Medical and sanitary report on the native army of Bombay for the year
Year: 1879
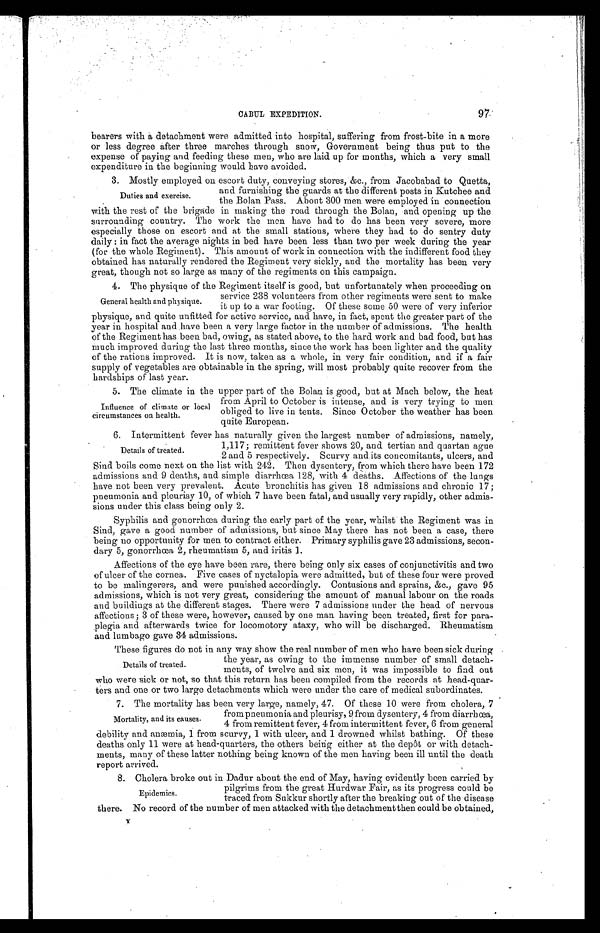
97
CABUL EXPEDITION.
bearers with a detachment were admitted into hospital, suffering from frost-bite in a more
or less degree after three marches through snow, Government being thus put to the
expense of paying and feeding these men, who are laid up for months, which a very small
expenditure in the beginning would have avoided.
3. Mostly employed on escort duty, conveying stores, &c., from Jacobabad to
Quetta, and furnishing the guards at the different posts in Kutchee and
the Bolan Pass. About 300 men were employed in connection
with the rest of the brigade in making the road through the Bolan, and opening up the
surrounding country. The work the men have had to do has been very severe, more
especially those on escort and at the small stations, where they had to do sentry duty
daily: in fact the average nights in bed have been less than two per week during the year
(for the whole Regiment). This amount of work in connection with the indifferent food they
obtained has naturally rendered the Regiment very sickly, and the mortality has been very
great, though not so large as many of the regiments on this campaign.
4. The physique of the Regiment itself is good, but unfortunately when proceeding on
service 238 volunteers from other regiments were sent to make
it up to a war footing. Of these some 50 were of very inferior
physique, and quite unfitted for active service, and have, in fact, spent the greater part of the
year in hospital and have been a very large factor in the number of admissions. The health
of the Regiment has been bad, owing, as stated above, to the hard work and bad food, but has
m u c h i m p r o v e d d u r i n g t h e l a s t t h r e e m o n t h s , s i n c e t h e w o r k h a s b e e n l i g h t e r a n d t h e q u a l i t y
of the rations improved. It is now, taken as a whole, in very fair condition, and if a fair
supply of vegetables are obtainable in the spring, will most probably quite recover from the
hardships of last year.
5. The climate in the upper part of the Bolan is good, but at Mach below, the heat
from April to October is intense, and is very trying to men
obliged to live in tents. Since October the weather has been
quite European.
Duties and exercise.
General health and physique.
Influence of climate or local
circumstances on health.
6. Intermittent fever has naturally given the largest number of admissions, namely,
1,117; remittent fever shows 20, and tertian and quartan ague
2 and 5 respectively. Scurvy and its concomitants, ulcers, and
Sind boils come next on the list with 242. Then dysentery, from which there have been 172
admissions and 9 deaths, and simple diarrhœa 128, with 4 deaths. Affections of the lungs
have not been very prevalent. Acute bronchitis has given 18 admissions and chronic 17;
pneumonia and pleurisy 10, of which 7 have been fatal, and usually very rapidly, other admis
- s i o n s u n d e r t h i s c l a s s b e i n g o n l y 2 .
Syphilis and gonorrhœa during the early part of the year, whilst the Regiment was in
Sind, gave a good number of admissions, but since May there has not been a case, there
being no opportunity for men to contract either. Primary syphilis gave 23 admissions, secon
-dary 5, gonorrhœa 2, rheumatism 5, and iritis 1.
Affections of the eye have been rare, there being only six cases of conjunctivitis and two
of ulcer of the cornea. Five cases of nyctalopia were admitted, but of these four were proved
to be malingerers, and were punished accordingly. Contusions and sprains, &c., gave 95
admissions, which is not very great, considering the amount of manual labour on the roads
and buildings at the different stages. There were 7 admissions under the head of nervous
affections; 3 of these were, however, caused by one man having been treated, first for para
-plegia and afterwards twice for locomotory ataxy, who will be discharged. Rheumatism
and lumbago gave 34 admissions.
These figures do not in any way show the real number of men who have been sick during
the year, as owing to the immense number of small detach
-ments, of twelve and six men, it was impossible to find out
who were sick or not, so that this return has been compiled from the records at head-quar
- t e r s a n d o n e o r t w o l a r g e d e t a c h m e n t s w h i c h w e r e u n d e r t h e c a r e o f m e d i c a l s u b o r d i n a t e s .
7. The mortality has been very large, namely, 47. Of these 10 were from cholera, 7
from pneumonia and pleurisy, 9 from dysentery, 4 from diarrhœa,
4 from remittent fever, 4 from intermittent fever, 6 from general
debility and anæmia, 1 from scurvy, 1 with ulcer, and 1 drowned whilst bathing. Of these
deaths only 11 were at head-quarters, the others being either at the depôt or with detach
- m e n t s , m a n y o f t h e s e l a t t e r n o t h i n g b e i n g k n o w n o f t h e m e n h a v i n g b e e n i l l u n t i l t h e d e a t h
report arrived.
8. Cholera broke out in Dadur about the end of May, having evidently been carried by
pilgrims from the great Hurdwar Fair, as its progress could be
traced from Sukkur shortly after the breaking out of the disease
there. No record of the number of men attacked with the detachment then could be obtained,
Details of treated.
Details of treated.
Mortality, and its causes.
Epidemics.
Y